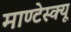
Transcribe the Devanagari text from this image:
माण्टेस्क्यू